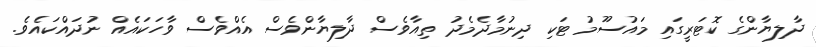
ދާލިޔާންގެ ކޮޓަރީގައި މައުސޫމު ޓަކި ދިނުމާދެމެދު ތިއާވެސް ދާލިޔާންވެސް އެއްވެސް ވާހަކައެއް ނުދައްކައެވެ.